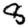
Digit: 8